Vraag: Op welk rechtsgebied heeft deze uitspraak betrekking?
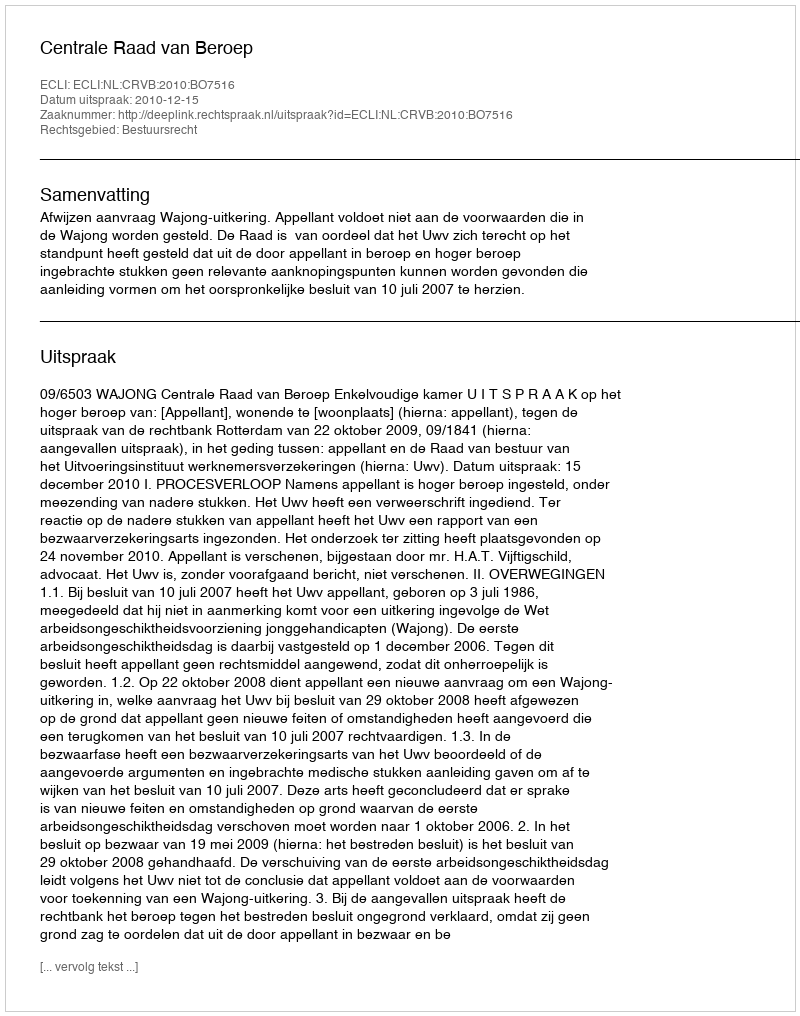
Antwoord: Bestuursrecht